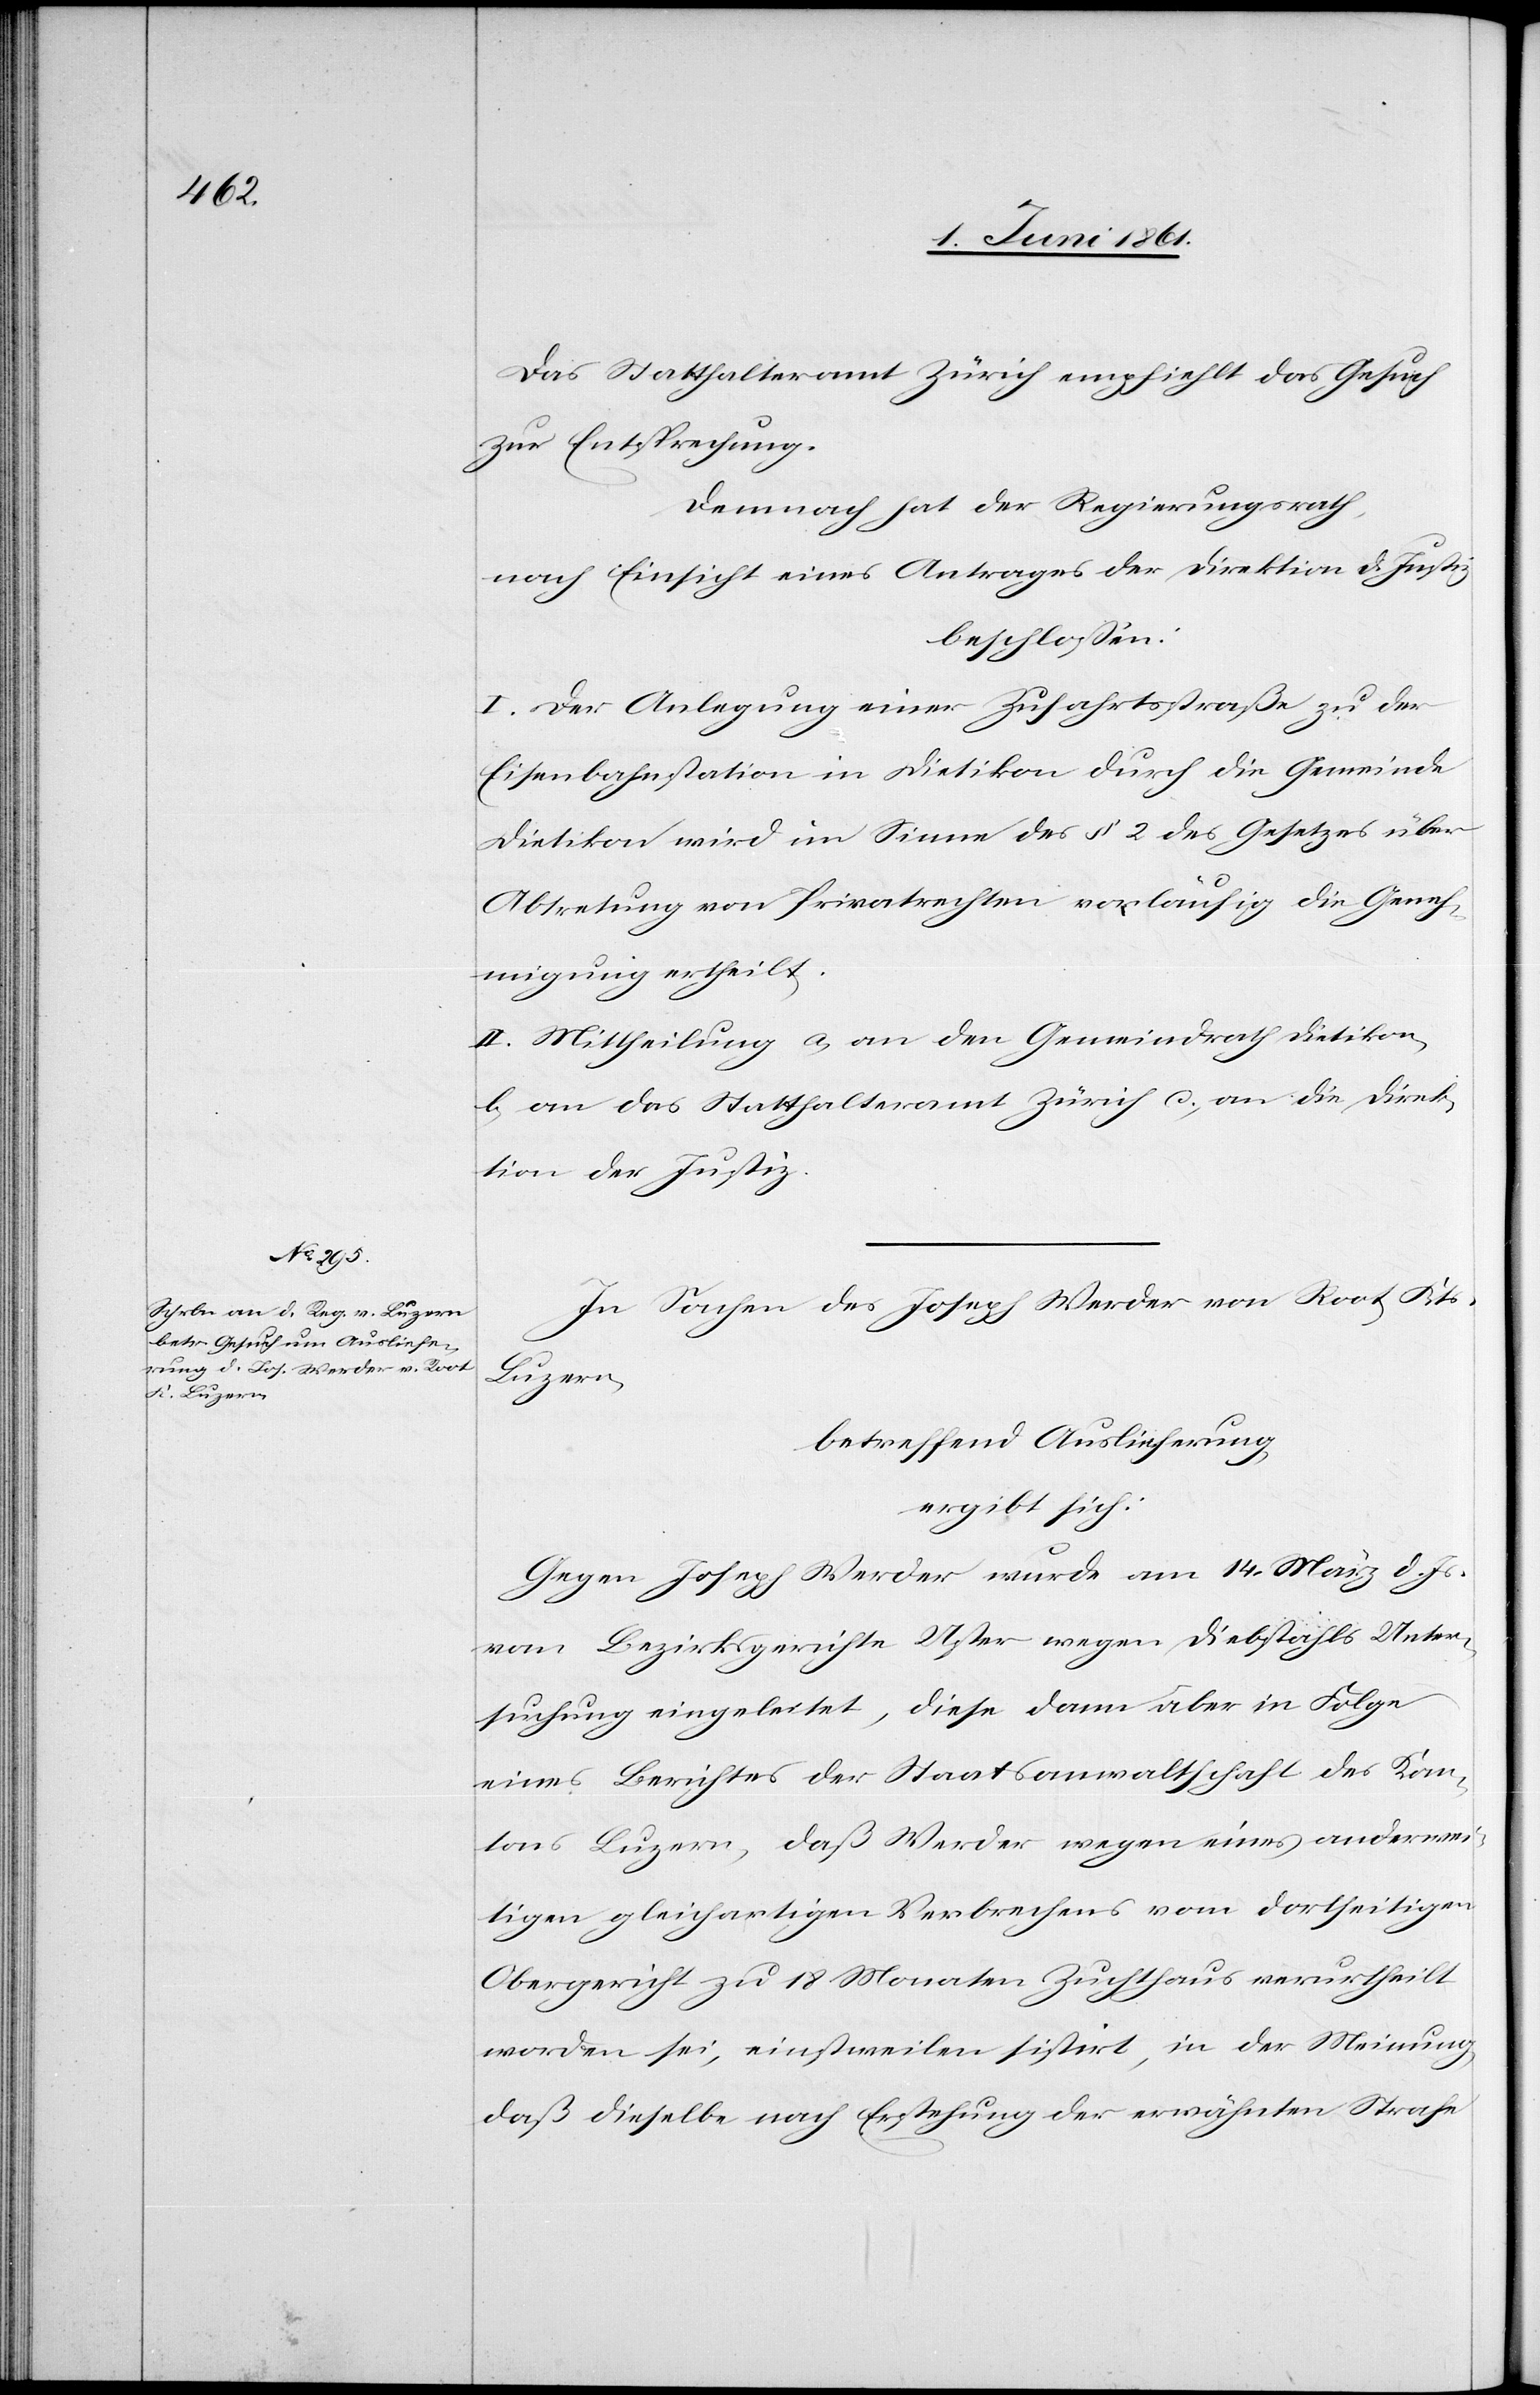
Das Statthalteramt Zürich empfiehlt das Gesuch
zur Entsprechung.
Demnach hat der Regierungsrath,
nach Einsicht eines Antrages der Direktion d. Justiz
beschlossen:
I. Der Anlegung einer Zufahrtsstraße zu der
Eisenbahnstation in Dietikon durch die Gemeinde
Dietikon wird im Sinne des § 2 des Gesetzes über
Abtretung von Privatrechten vorläufig die Geneh¬
migung ertheilt.
II. Mittheilung a. an den Gemeindrath Dietikon,
b. an das Statthalteramt Zürich c. an die Direk¬
tion der Justiz.
In Sachen des Joseph Werder von Root, Kts.
Luzern,
betreffend Auslieferung
ergibt sich:
Gegen Joseph Werder wurde am 14. März d. Js.
vom Bezirksgerichte Uster wegen Diebstahls Unter¬
suchung eingeleitet, diese dann aber in Folge
eines Berichtes der Staatsanwaltschaft des Kan¬
tons Luzern, daß Werder wegen eines anderwei¬
tigen gleichartigen Verbrechens vom dortseitigen
Obergericht zu 18 Monaten Zuchthaus verurtheilt
worden sei, einstweilen sistirt, in der Meinung,
daß dieselbe nach Erstehung der erwähnten Strafe